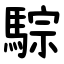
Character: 騌